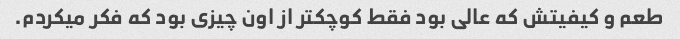
طعم و کیفیتش که عالی بود فقط کوچکتر از اون چیزی بود که فکر میکردم.